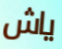
ياش